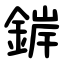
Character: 錌